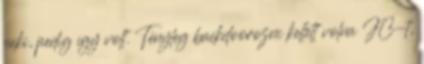
neki, pedig így volt. Tényleg backdoorozni kellett volna JC-t,